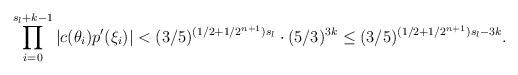
LaTeX: \begin{align*}\prod \limits^{s_l + k-1}_{i = 0} |c(\theta_i)p'(\xi_i)| < (3/5)^{(1/2 + 1/2^{n+1})s_l} \cdot (5/3)^{3k} \leq (3/5)^{(1/2 + 1/2^{n+1})s_l - 3k}.\end{align*}